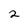
Character: 2